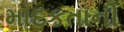
માદકતાની